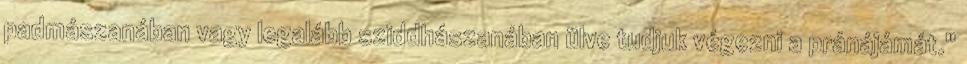
padmászanában vagy legalább sziddhászanában ülve tudjuk végezni a pránájámát."